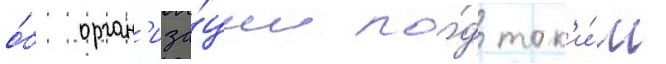
о́б орган'иза́ции по́д так'и́м